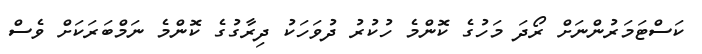
ކަސްޓަމަރުންނަށް ރޯދަ މަހުގެ ކޮންމެ ހުކުރު ދުވަހަކު ދިރާގުގެ ކޮންމެ ނަމްބަރަކަށް ވެސް